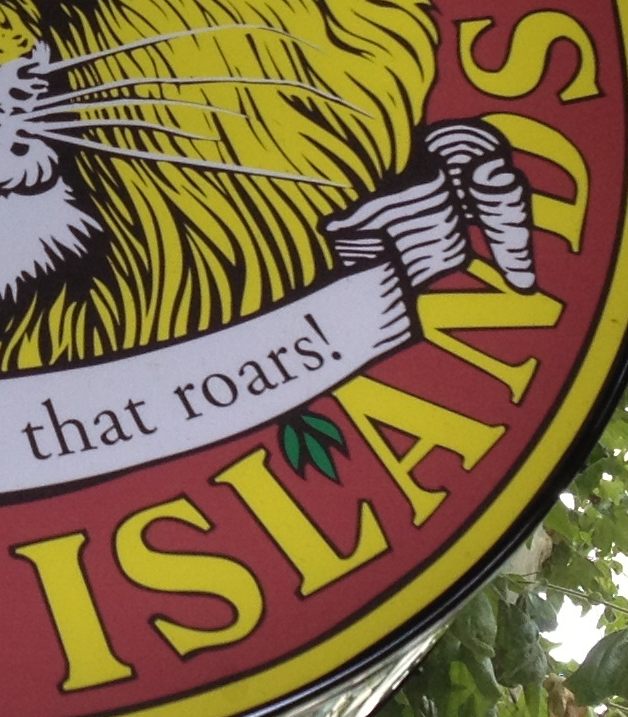
ISLANDS